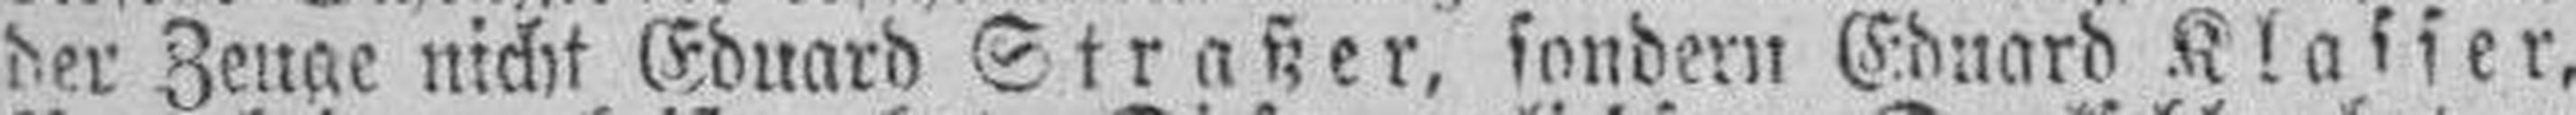
der Zeuge nicht Eduard Straßer, sondern Eduard Klasser,